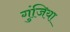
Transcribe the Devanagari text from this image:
गुंजिया